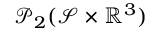
\mathcal { P } _ { 2 } ( \mathcal { S } \times \mathbb { R } ^ { 3 } )